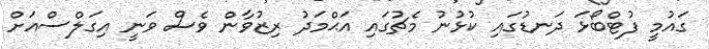
ގައުމީ ފުޓްބޯޅަ ދަނޑުގައި ކުޅުނު މެޗުގައި އަޙްމަދު ރިޒުވާން ވެސް ވަނީ އިގަލްސްއަށް